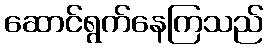
ဆောင်ရွက်နေကြသည်